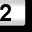
Digit: 2